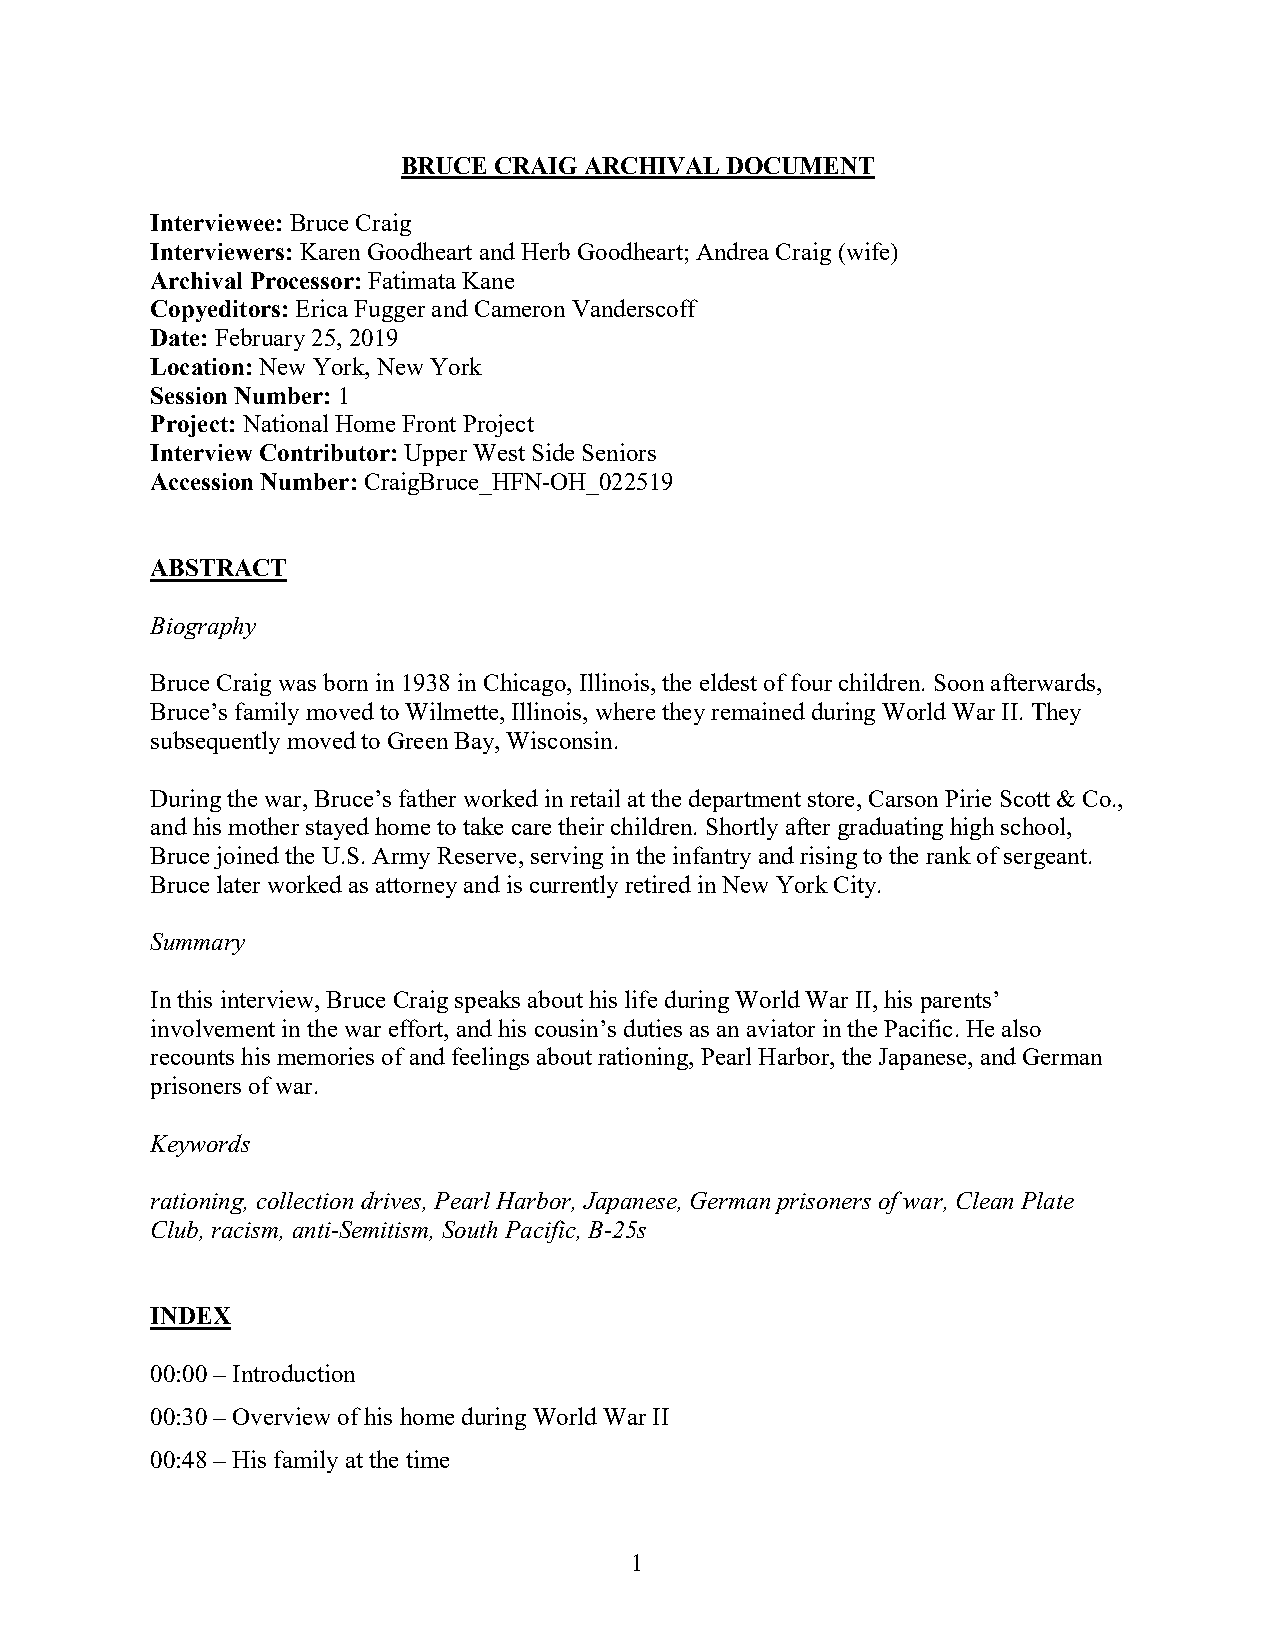
BRUCE CRAIG ARCHIVAL DOCUMENT
 Interviewee: Bruce Craig
 Interviewers: Karen Goodheart and Herb Goodheart; Andrea Craig (wife)
 Archival Processor: Fatimata Kane
 Copyeditors: Erica Fugger and Cameron Vanderscoff
 Date: February 25, 2019
 Location: New York, New York
 Session Number: 1
 Project: National Home Front Project
 Interview Contributor: Upper West Side Seniors
 Accession Number: CraigBruce_HFN-OH_022519
 ABSTRACT
 Biography
 Bruce Craig was born in 1938 in Chicago, Illinois, the eldest of four children. Soon afterwards,
 Bruce’s family moved to Wilmette, Illinois, where they remained during World War II. They
 subsequently moved to Green Bay, Wisconsin.
 During the war, Bruce’s father worked in retail at the department store, Carson Pirie Scott & Co.,
 and his mother stayed home to take care their children. Shortly after graduating high school,
 Bruce joined the U.S. Army Reserve, serving in the infantry and rising to the rank of sergeant.
 Bruce later worked as attorney and is currently retired in New York City.
 Summary
 In this interview, Bruce Craig speaks about his life during World War II, his parents’
 involvement in the war effort, and his cousin’s duties as an aviator in the Pacific. He also
 recounts his memories of and feelings about rationing, Pearl Harbor, the Japanese, and German
 prisoners of war.
 Keywords
 rationing, collection drives, Pearl Harbor, Japanese, German prisoners of war, Clean Plate
 Club, racism, anti-Semitism, South Pacific, B-25s
 INDEX
 00:00 – Introduction
 00:30 – Overview of his home during World War II
 00:48 – His family at the time
 1